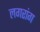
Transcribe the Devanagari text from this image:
लगरांग